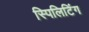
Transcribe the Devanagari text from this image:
स्पिलिटिंग